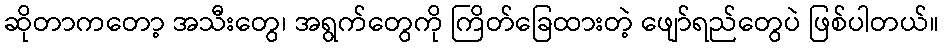
ဆိုတာကတော့ အသီးတွေ၊ အရွက်တွေကို ကြိတ်ခြေထားတဲ့ ဖျော်ရည်တွေပဲ ဖြစ်ပါတယ်။